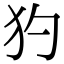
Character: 犳